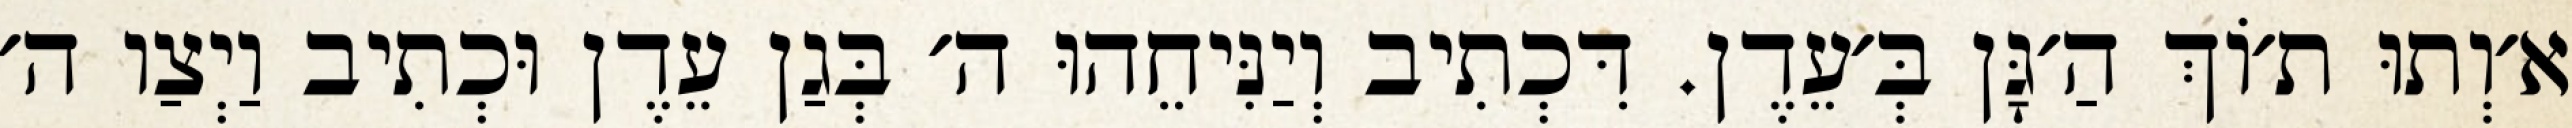
א׳וְתוּ ת׳וֹךְ הַ׳גָּן בְּ׳עֵדֶן. דִּכְתִיב וְיַנִּיחֵהוּ ה׳ בְּגַן עֵדֶן וּכְתִיב וַיְצַו ה׳